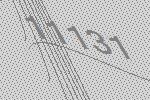
11131